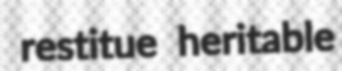
restitue heritable